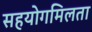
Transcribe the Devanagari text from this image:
सहयोगमिलता